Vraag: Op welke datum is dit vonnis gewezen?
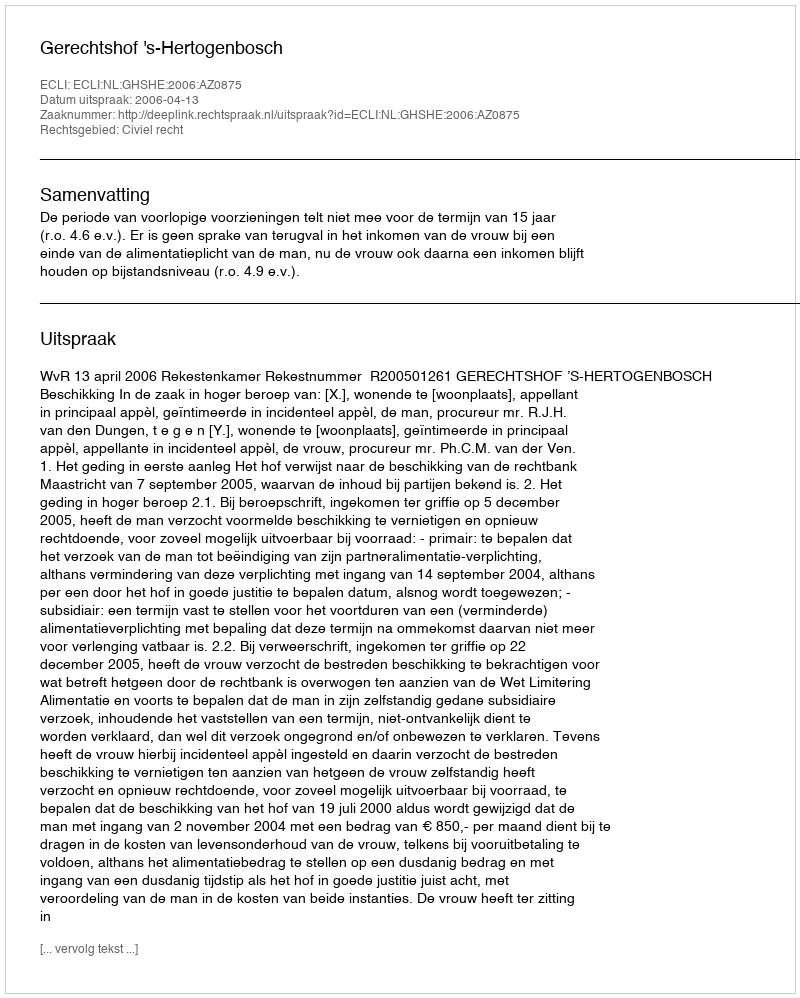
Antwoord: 2006-04-13